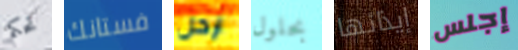
تحكم فستانك ارحل بحلول إيذائها إجلس